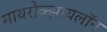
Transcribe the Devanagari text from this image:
मायरोक्झायलॉन